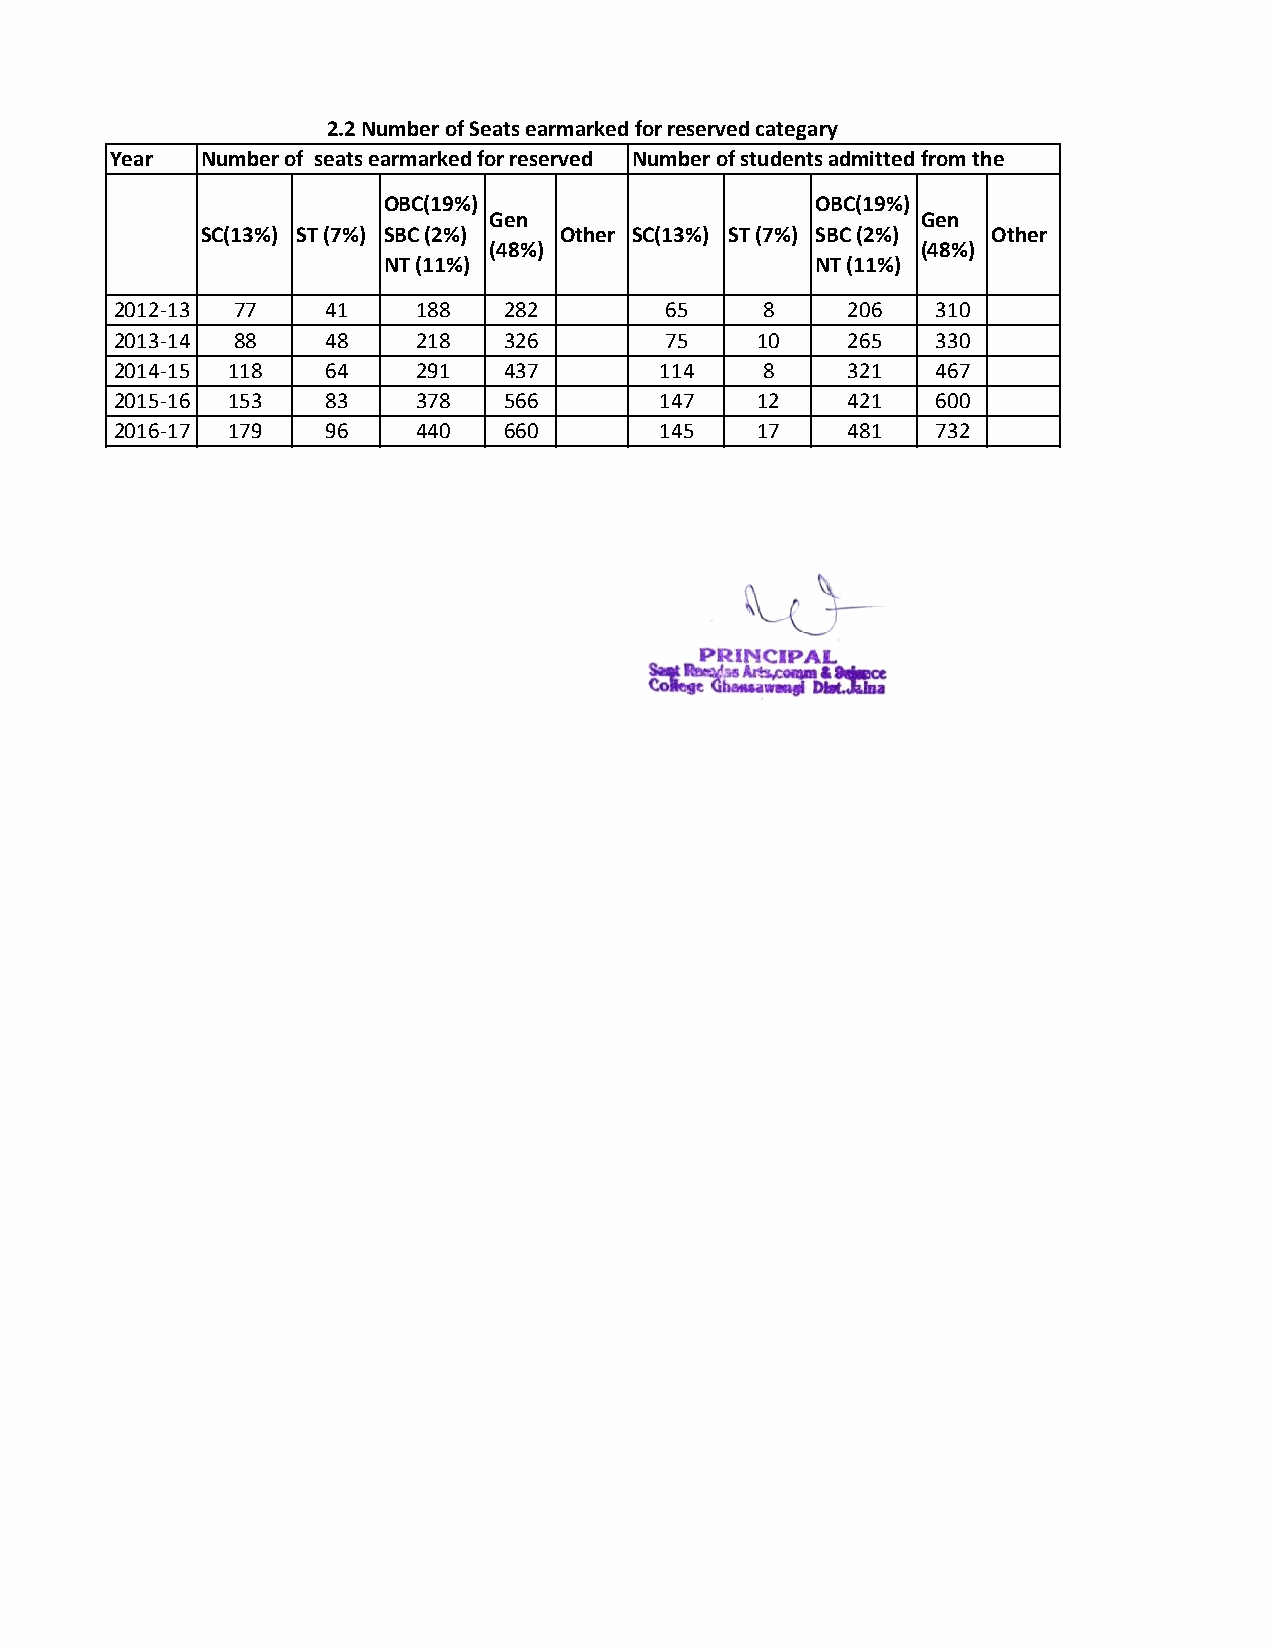
2.2 Number of Seats earmarked for reserved categary
 Year  Number of seats earmarked for reserved Number of students admitted from the
 OBC(19%)                     OBC(19%)
 Gen                          Gen
 SC(13%) ST (7%) SBC (2%) Other SC(13%) ST (7%) SBC (2%) Other
 (48%)                        (48%)
 NT (11%)                     NT (11%)
 2012-13 77    41    188  282        65    8     206   310
 2013-14 88    48    218  326        75    10    265   330
 2014-15 118   64    291  437        114   8     321   467
 2015-16 153   83    378  566        147   12    421   600
 2016-17 179   96    440  660        145   17    481   732